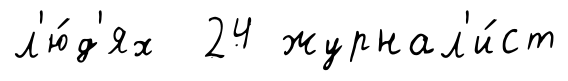
л'ю́д'ях 24 журнал'и́ст